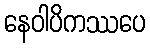
နေဝါပိကဿပေ